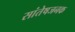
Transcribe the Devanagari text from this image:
सांतेषजनक